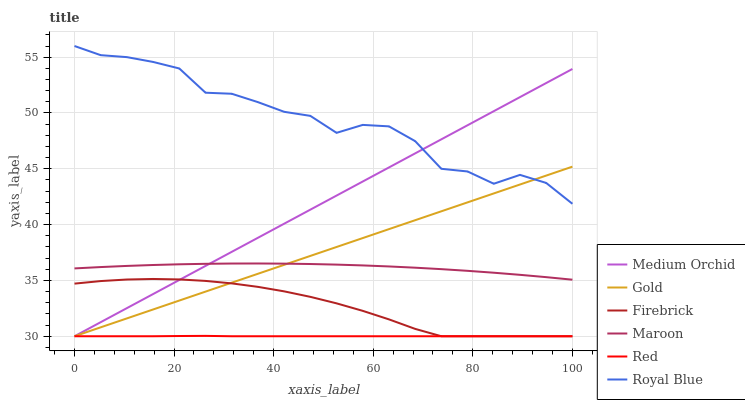
| xaxis_label | Medium Orchid | Gold | Firebrick | Maroon | Red | Royal Blue |
 | --- | --- | --- | --- | --- | --- | --- |
 | 0 | 30 | 30 | 34.7 | 36.1 | 30 | 56 |
 | 5.26 | 31.3 | 30.8 | 34.9 | 36.2 | 30 | 55.2 |
 | 10.5 | 32.5 | 31.6 | 35.1 | 36.3 | 30 | 55 |
 | 15.8 | 33.8 | 32.4 | 35.1 | 36.4 | 30 | 54.6 |
 | 21.1 | 35 | 33.2 | 35.1 | 36.4 | 30 | 54 |
 | 26.3 | 36.3 | 34 | 35 | 36.5 | 30 | 51.8 |
 | 31.6 | 37.6 | 34.8 | 34.7 | 36.5 | 30 | 51.7 |
 | 36.8 | 38.8 | 35.6 | 34.4 | 36.5 | 30 | 51 |
 | 42.1 | 40.1 | 36.4 | 34 | 36.5 | 30 | 50.1 |
 | 47.4 | 41.3 | 37.2 | 33.5 | 36.5 | 30 | 49.7 |
 | 52.6 | 42.6 | 38 | 32.9 | 36.4 | 30 | 48.2 |
 | 57.9 | 43.9 | 38.8 | 32.3 | 36.3 | 30 | 48.9 |
 | 63.2 | 45.1 | 39.6 | 31.5 | 36.3 | 30 | 48.8 |
 | 68.4 | 46.4 | 40.4 | 30.7 | 36.1 | 30 | 47.5 |
 | 73.7 | 47.6 | 41.2 | 30 | 36 | 30 | 45 |
 | 78.9 | 48.9 | 42 | 30 | 35.9 | 30 | 44.8 |
 | 84.2 | 50.2 | 42.8 | 30 | 35.7 | 30 | 43.7 |
 | 89.5 | 51.4 | 43.6 | 30 | 35.5 | 30 | 44.5 |
 | 94.7 | 52.7 | 44.4 | 30 | 35.3 | 30 | 43.7 |
 | 100 | 53.9 | 45.2 | 30 | 35.1 | 30 | 41.9 |